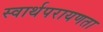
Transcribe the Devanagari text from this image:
स्वार्थपरायणता